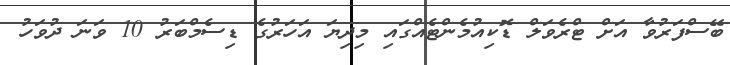
ބޭސްފަރުވާ އަށް ޓްރެވަލް ޑޮކިއުމެންޓެއްގައި މިދިޔަ އަހަރުގެ ޑިސެމްބަރު 10 ވަނަ ދުވަހު